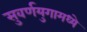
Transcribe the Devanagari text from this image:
सुवर्णयुगामध्ये